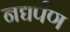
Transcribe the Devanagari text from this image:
नद्यर्पण